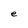
Character: e